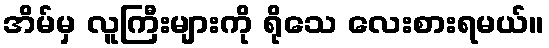
အိမ်မှ လူကြီးများကို ရိုသေ လေးစားရမယ်။